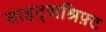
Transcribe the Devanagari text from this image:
साइट्सश्रिफ़्ट